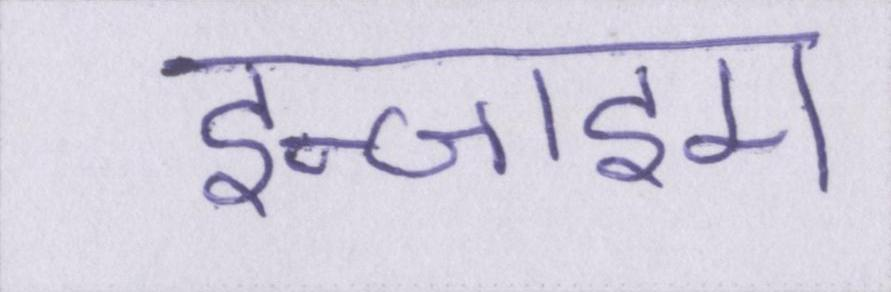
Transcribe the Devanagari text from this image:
इन्जाइम